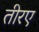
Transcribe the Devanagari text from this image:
तीरए